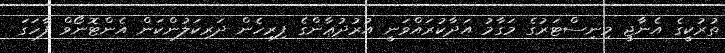
ތުރުކީގެ އެނާޖީ މިނިސްޓަރުގެ މަގާމު އަދާކުރައްވަނީ އުރުދުޢާންގެ ފިރިހެން ދަރިކަލުންކަން އެންޓޮނޯވް ފާހަގަ